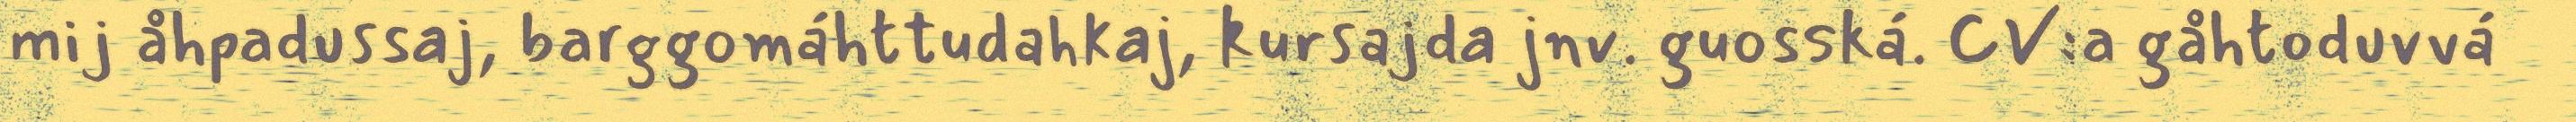
mij åhpadussaj, barggomáhttudahkaj, kursajda jnv. guosská. CV:a gåhtoduvvá